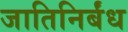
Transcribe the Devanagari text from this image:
जातिनिर्बंध